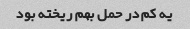
یه کم در حمل بهم ریخته بود